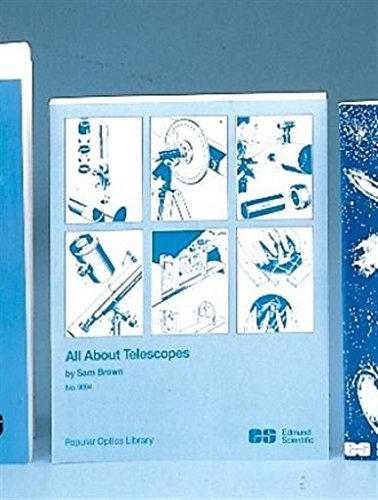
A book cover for All About Telescopes (Popular Optics Library). Edmund Scientific (ES). [Paperback]; Sam Brown; Science & Math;